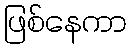
ဖြစ်နေကာ